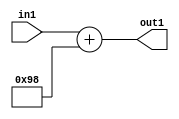
`timescale 1ps / 1ps
/*****************************************************************************
    Verilog RTL Description
    
    
    Created by: Stratus DpOpt 2019.1.01 
*******************************************************************************/

module DC_Filter_Add_12U_267_1 (
	in1,
	out1
	); /* architecture "behavioural" */ 
input [11:0] in1;
output [11:0] out1;
wire [11:0] asc001;

assign asc001 = 
	+(in1)
	+(12'B000010011000);

assign out1 = asc001;
endmodule

/* CADENCE  urnyTAs= : u9/ySgnWtBlWxVPRXgAZ4Og= ** DO NOT EDIT THIS LINE ******/